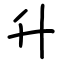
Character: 升